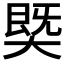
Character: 𱘻